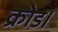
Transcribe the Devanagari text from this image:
क्रोड।